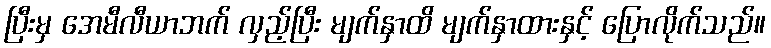
ပြီးမှ အေမီလီယာဘက် လှည့်ပြီး မျက်နှာထိ မျက်နှာထားနှင့် ပြောလိုက်သည်။